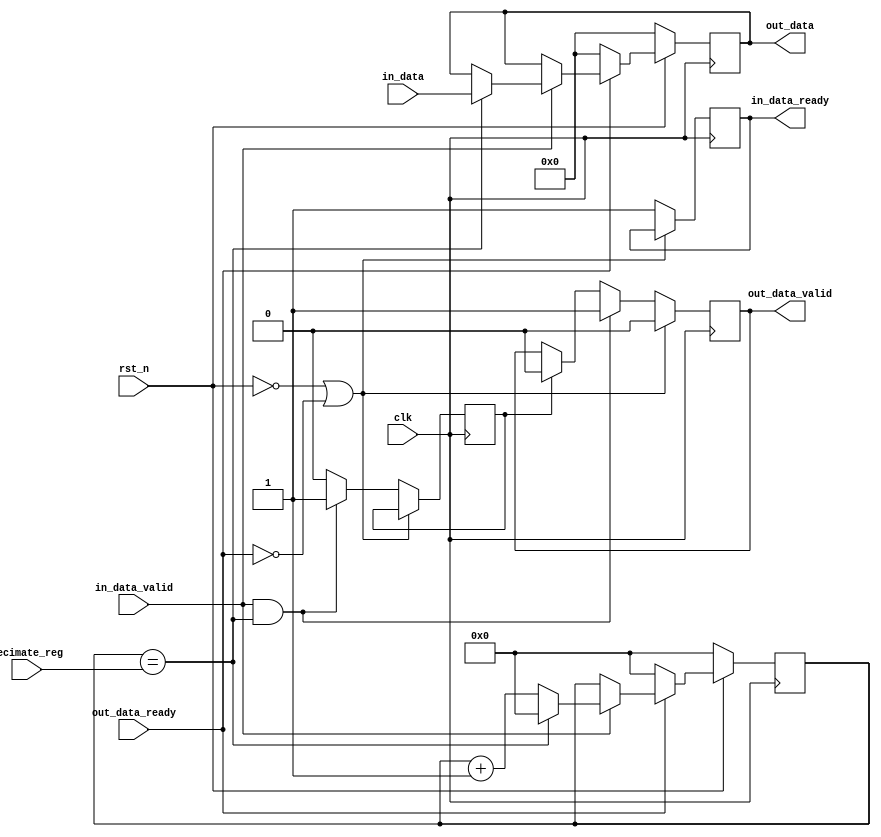
/*
Copyright (c) 2014-2022 Luiz Carlos Gili

Permission is hereby granted, free of charge, to any person obtaining a copy
of this software and associated documentation files (the "Software"), to deal
in the Software without restriction, including without limitation the rights
to use, copy, modify, merge, publish, distribute, sublicense, and/or sell
copies of the Software, and to permit persons to whom the Software is
furnished to do so, subject to the following conditions:

The above copyright notice and this permission notice shall be included in
all copies or substantial portions of the Software.

THE SOFTWARE IS PROVIDED "AS IS", WITHOUT WARRANTY OF ANY KIND, EXPRESS OR
IMPLIED, INCLUDING BUT NOT LIMITED TO THE WARRANTIES OF MERCHANTABILITY
FITNESS FOR A PARTICULAR PURPOSE AND NONINFRINGEMENT. IN NO EVENT SHALL THE
AUTHORS OR COPYRIGHT HOLDERS BE LIABLE FOR ANY CLAIM, DAMAGES OR OTHER
LIABILITY, WHETHER IN AN ACTION OF CONTRACT, TORT OR OTHERWISE, ARISING FROM,
OUT OF OR IN CONNECTION WITH THE SOFTWARE OR THE USE OR OTHER DEALINGS IN
THE SOFTWARE.
*/

// Language: Verilog 2001

`timescale 1ns / 1ps

module data_decimation(clk,
							  rst_n,
							  in_data_ready,
							  in_data_valid,
							  in_data,
							  out_data_ready,
							  out_data_valid,
							  out_data,
							  decimate_reg
							  );

parameter DATA_IN_WIDTH = 12;	
parameter DATA_OUT_WIDTH = 12;
parameter DATA_REG_WIDTH = 32;
							  
input 								clk;
input 								rst_n;
input 	  [DATA_REG_WIDTH-1:0]  	decimate_reg;
input 	  [DATA_IN_WIDTH-1:0]	    in_data;				 
input  wire					 		in_data_valid;		 
output reg					 		in_data_ready;		 
output reg [DATA_OUT_WIDTH-1:0] 	out_data;			 
output reg							out_data_valid;	     
input  wire							out_data_ready;	    

reg [DATA_REG_WIDTH-1:0] cnt;
reg data_valid_mask = 0;

always@(posedge clk) begin 
	if(rst_n == 0) begin 
		out_data <= 0;
		cnt <= 0;
	end
	else begin 
		if(out_data_ready) begin 
			if(in_data_valid) begin
				if(cnt == decimate_reg) begin 
					cnt <= 0;
					out_data <= in_data;
				end
				else begin 
					cnt <= cnt + 1;
				end
			end
		end
		else begin
			cnt <= 0;
			out_data <= 0;
		end
	end
end



always@(posedge clk) begin 
	if(rst_n == 0 || !out_data_ready) begin 
		out_data_valid <= 1'b0;
	end
	else begin 
		in_data_ready <= 1'b1;
		if( in_data_valid && cnt == decimate_reg) begin 
			out_data_valid <= 1'b1;
			data_valid_mask <= 1'b1;
		end
		else if (data_valid_mask) begin 
			out_data_valid <= 1'b0;
			data_valid_mask <= 1'b0;
		end
	end	
end

endmodule